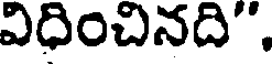
విధించినది".